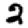
Digit: 2